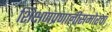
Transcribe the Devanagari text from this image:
शिक्षणप्रणालीसमोरचा